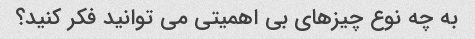
به چه نوع چیزهای بی اهمیتی می توانید فکر کنید؟